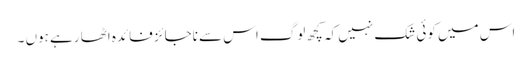
اس میں کوئی شک نہیں کہ کچھ لوگ اس سے ناجائز فائدہ اٹھا رہے ہوں ۔